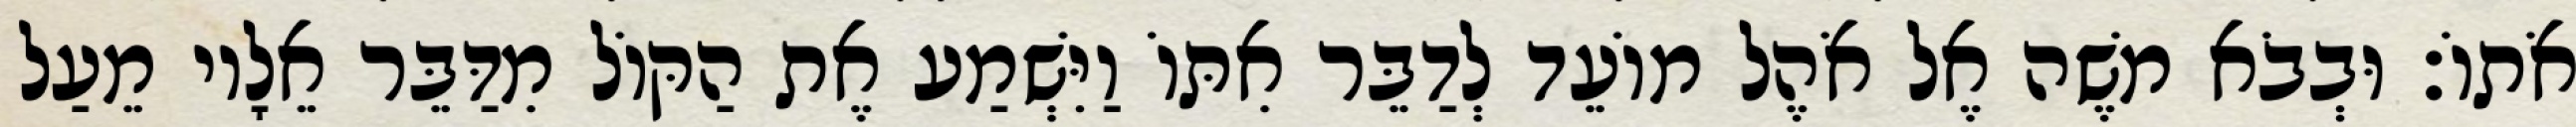
אֹתוֹ׃ וּבְבֹא משֶׁה אֶל אֹהֶל מוֹעֵד לְדַבֵּר אִתּוֹ וַיִּשְׁמַע אֶת הַקּוֹל מִדַּבֵּר אֵלָיו מֵעַל